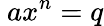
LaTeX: \ ax^{n}=q